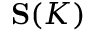
\mathbf { S } ( K )